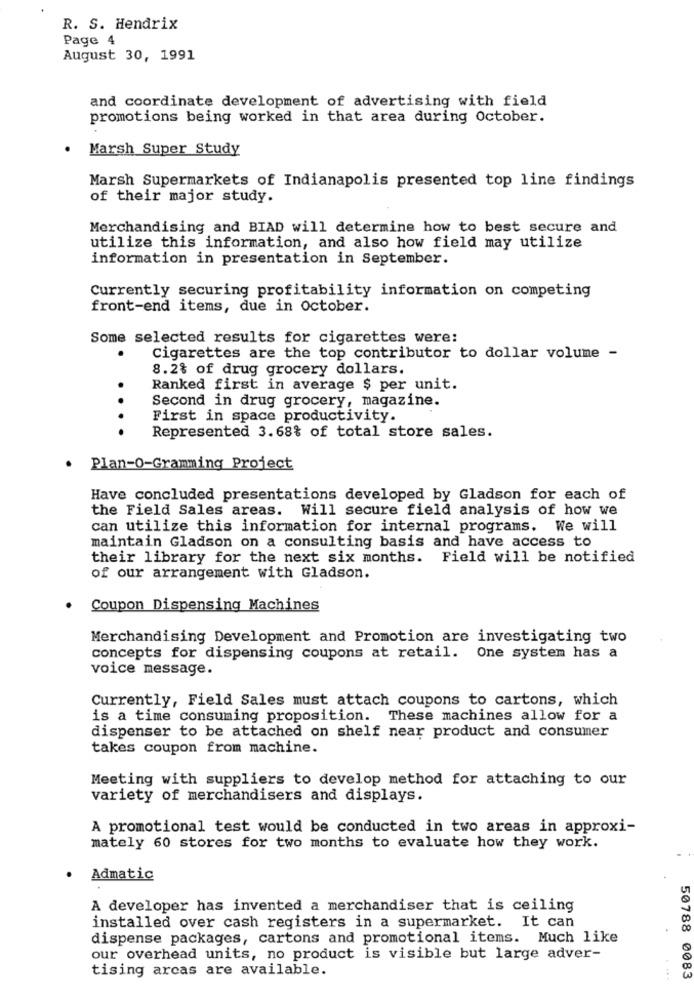
R. S. Hendrix
Page 4
August 30, 1991
and coordinate development of advertising with field
promotions being worked in that area during october.
Marsh Super Study
Marsh Supermarkets of Indianapolis presented top line findings
of their major study.
Merchandising and BIAD will determine how to best secure and
utilize this information, and also how field may utilize
information in presentation in September.
Currently securing profitability information on competing
front-end items, due in October.
Some selected results for cigarettes were:
Cigarettes are the top contributor to dollar volume -
8.2% of drug grocery dollars.
Ranked first in average $ per unit.
Second in drug grocery, magazine.
First in space productivity.
... .
Represented 3.68% of total store sales.
Plan-0-Gramming Project
Have concluded presentations developed by Gladson for each of
the Field Sales areas. Will secure field analysis of how we
can utilize this information for internal programs. We will
maintain Gladson on a consulting basis and have access to
their library for the next six months. Field will be notified
of our arrangement with Gladson.
Coupon Dispensing Machines
Merchandising Development and Promotion are investigating two
concepts for dispensing coupons at retail. One system has a
voice message.
Currently, Field Sales must attach coupons to cartons, which
is a time consuming proposition. These machines allow for a
dispenser to be attached on shelf near product and consumer
takes coupon from machine.
Meeting with suppliers to develop method for attaching to our
variety of merchandisers and displays.
A promotional test would be conducted in two areas in approxi-
mately 60 stores for two months to evaluate how they work.
Admatic
A developer has invented a merchandiser that is ceiling
installed over cash registers in a supermarket. It can
dispense packages, cartons and promotional items. Much like
our overhead units, no product is visible but large adver-
tising arcas are available.
....
50788 0083